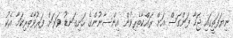
ނިޔަފަތީގައި ޖަހާ ފަންގަސް އަށް ރައްކާތެރިވުން އިންސާނުންގެ ހަށިގަނޑު ވަރަށް ފަރުވާތެރިކަމާ އެކު